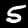
Label: 5